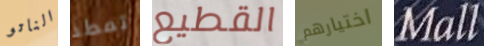
الناتو تمطر القطيع اختيارهم Mall